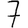
Digit: 7